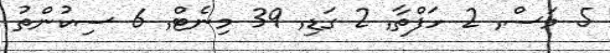
5 މަސް